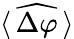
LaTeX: \langle\, \widehat{\Delta\varphi}\, \rangle